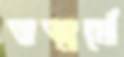
তত্মর্মে